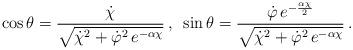
LaTeX: \begin{align*}\cos\theta = \frac{ \dot{\chi} } {\sqrt{\dot{\chi}^2+\dot{\varphi}^2 \, e^{-\alpha\chi}}}\, , \,\,\,\sin\theta = \frac{\dot{\varphi}\, e^{-\frac{\alpha \chi}{2}} } { \sqrt{\dot{\chi}^2+\dot{\varphi}^2 \,e^{-\alpha\chi}}}\, .\end{align*}